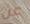
عن